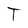
Character: T